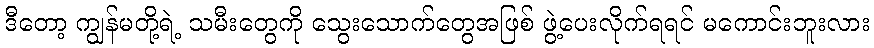
ဒီတော့ ကျွန်မတို့ရဲ့ သမီးတွေကို သွေးသောက်တွေအဖြစ် ဖွဲ့ပေးလိုက်ရရင် မကောင်းဘူးလား